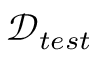
\mathcal { D } _ { t e s t }